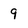
Character: 9